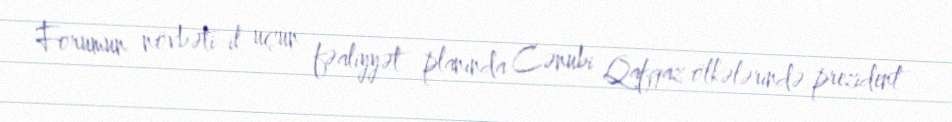
Forumun növbəti il üçün fəaliyyət planında Cənubi Qafqaz ölkələrində prezident